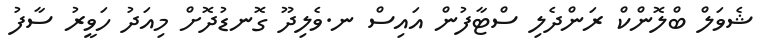
ޝެވަލް ބްލޮންކް ރަންދެލި ސްޓާފުން އައިސް ނ.ވެލިދޫ ގޮނޑުދޮށް މިއަދު ހަވީރު ސާފު